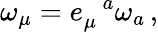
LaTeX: \omega_{\mu}=e_{\mu}^{\, \, \, \, a}\omega_{a}\, {,}